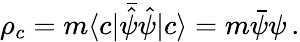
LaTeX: \rho_{c}=m\langle c|\bar{\hat{\psi}}{\hat{\psi}}|c\rangle=m\bar{\psi}\psi\, .